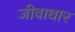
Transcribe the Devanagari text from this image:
जीवाधार